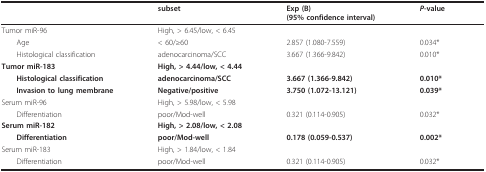
<table><thead><tr><td></td><td><b>subset</b></td><td><b>Exp (B)(95% confidence interval)</b></td><td><b><i>P</i>-value</b></td></tr></thead><tbody><tr><td>Tumor miR-96</td><td>High, &gt; 6.45/low, &lt; 6.45</td><td></td><td></td></tr><tr><td> Age</td><td>&lt; 60/≥60</td><td>2.857 (1.080-7.559)</td><td>0.034*</td></tr><tr><td> Histological classification</td><td>adenocarcinoma/SCC</td><td>3.667 (1.366-9.842)</td><td>0.010*</td></tr><tr><td><b>Tumor miR-183</b></td><td><b>High, &gt; 4.44/low, &lt; 4.44</b></td><td></td><td></td></tr><tr><td> <b>Histological classification</b></td><td><b>adenocarcinoma/SCC</b></td><td><b>3.667 (1.366-9.842)</b></td><td><b>0.010*</b></td></tr><tr><td> <b>Invasion to lung membrane</b></td><td><b>Negative/positive</b></td><td><b>3.750 (1.072-13.121)</b></td><td><b>0.039*</b></td></tr><tr><td>Serum miR-96</td><td>High, &gt; 5.98/low, &lt; 5.98</td><td></td><td></td></tr><tr><td> Differentiation</td><td>poor/Mod-well</td><td>0.321 (0.114-0.905)</td><td>0.032*</td></tr><tr><td><b>Serum miR-182</b></td><td><b>High, &gt; 2.08/low, &lt; 2.08</b></td><td></td><td></td></tr><tr><td> <b>Differentiation</b></td><td><b>poor/Mod-well</b></td><td><b>0.178 (0.059-0.537)</b></td><td><b>0.002*</b></td></tr><tr><td>Serum miR-183</td><td>High, &gt; 1.84/low, &lt; 1.84</td><td></td><td></td></tr><tr><td> Differentiation</td><td>poor/Mod-well</td><td>0.321 (0.114-0.905)</td><td>0.032*</td></tr></tbody></table>